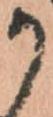
か